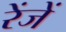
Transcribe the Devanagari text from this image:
रेंजें